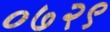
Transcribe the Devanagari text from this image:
०७२९